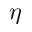
\eta